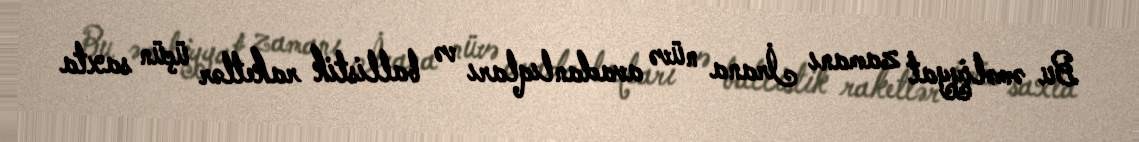
Bu əməliyyat zamanı İrana nüvə avadanlıqları və ballistik raketlər üçün saxta